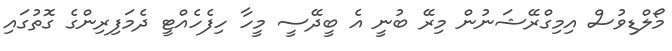
މޯލްޑިވުސް އިމިގްރޭޝަނުން މިރޭ ބުނީ އެ ބީދޭސީ މީހާ ހިފެހެއްޓީ ދެމަފިރިންގެ ގޮތުގައި